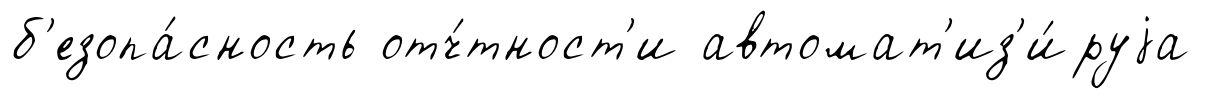
б'езопа́сность отч́тност'и автомат'из'и́руjа